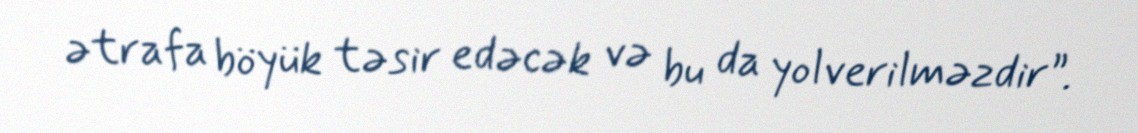
ətrafa böyük təsir edəcək və bu da yolverilməzdir”.